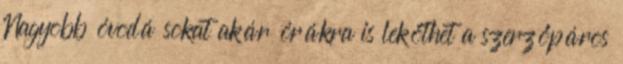
Nagyobb óvodá­ sokat akár órákra is leköthet a szerzőpáros